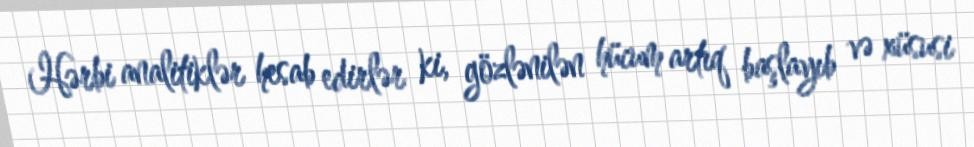
Hərbi analitiklər hesab edirlər ki, gözlənilən hücum artıq başlayıb və xüsusi